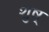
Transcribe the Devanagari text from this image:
शुष्